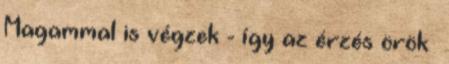
Magammal is végzek - így az érzés örök